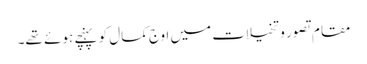
مقامِ تصور و تخیلات میں اوجِ کمال کو پہنچے ہوئے تھے۔